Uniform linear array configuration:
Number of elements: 32
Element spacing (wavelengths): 1
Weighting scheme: uniform
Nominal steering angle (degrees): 30
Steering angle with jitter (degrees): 28.348
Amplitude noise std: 0.05
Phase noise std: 0.05

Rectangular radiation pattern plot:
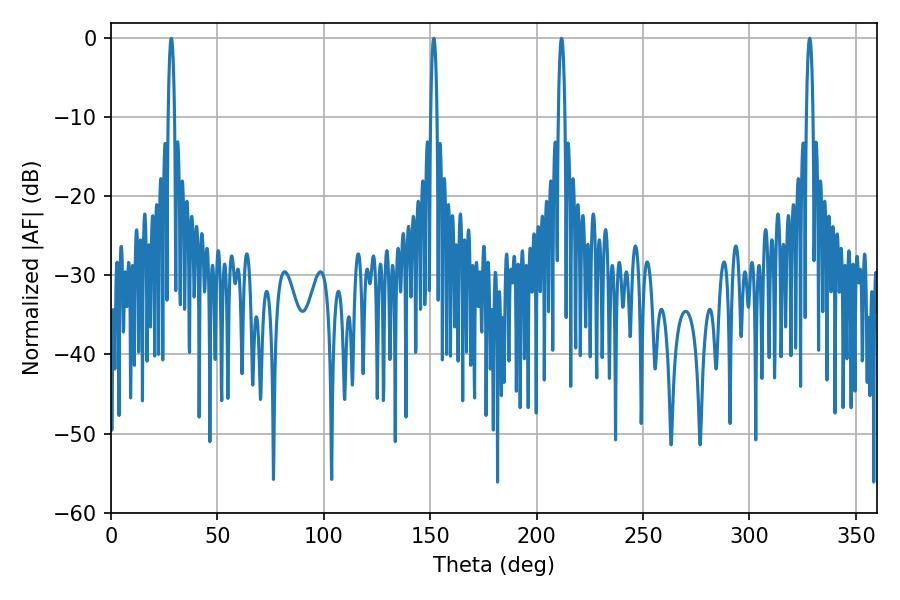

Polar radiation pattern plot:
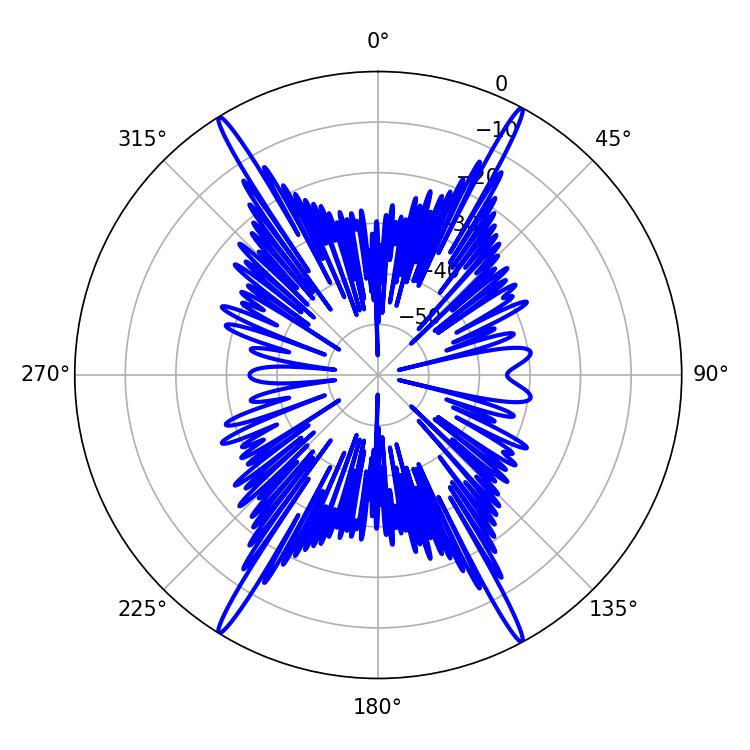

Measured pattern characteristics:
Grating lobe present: TRUE
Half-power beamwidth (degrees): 1.8
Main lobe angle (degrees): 211.68